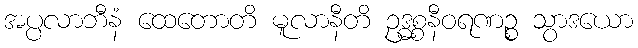
အပ္ပလာဘီနံ ထေတောတိ မူလာနီတိ ဥဒ္ဓစ္စနီဝရဏဉ္စ သွာဒယော